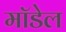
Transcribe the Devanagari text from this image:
माॅडेल